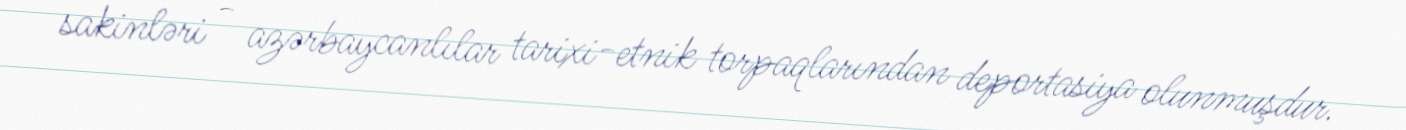
sakinləri - azərbaycanlılar tarixi-etnik torpaqlarından deportasiya olunmuşdur.